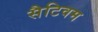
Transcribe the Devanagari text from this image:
सैटिवम